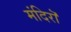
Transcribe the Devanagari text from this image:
मंदिरॊ